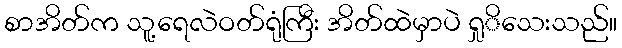
စာအိတ်က သူ့ရေလဲဝတ်ရုံကြီး အိတ်ထဲမှာပဲ ရှုိသေးသည်။